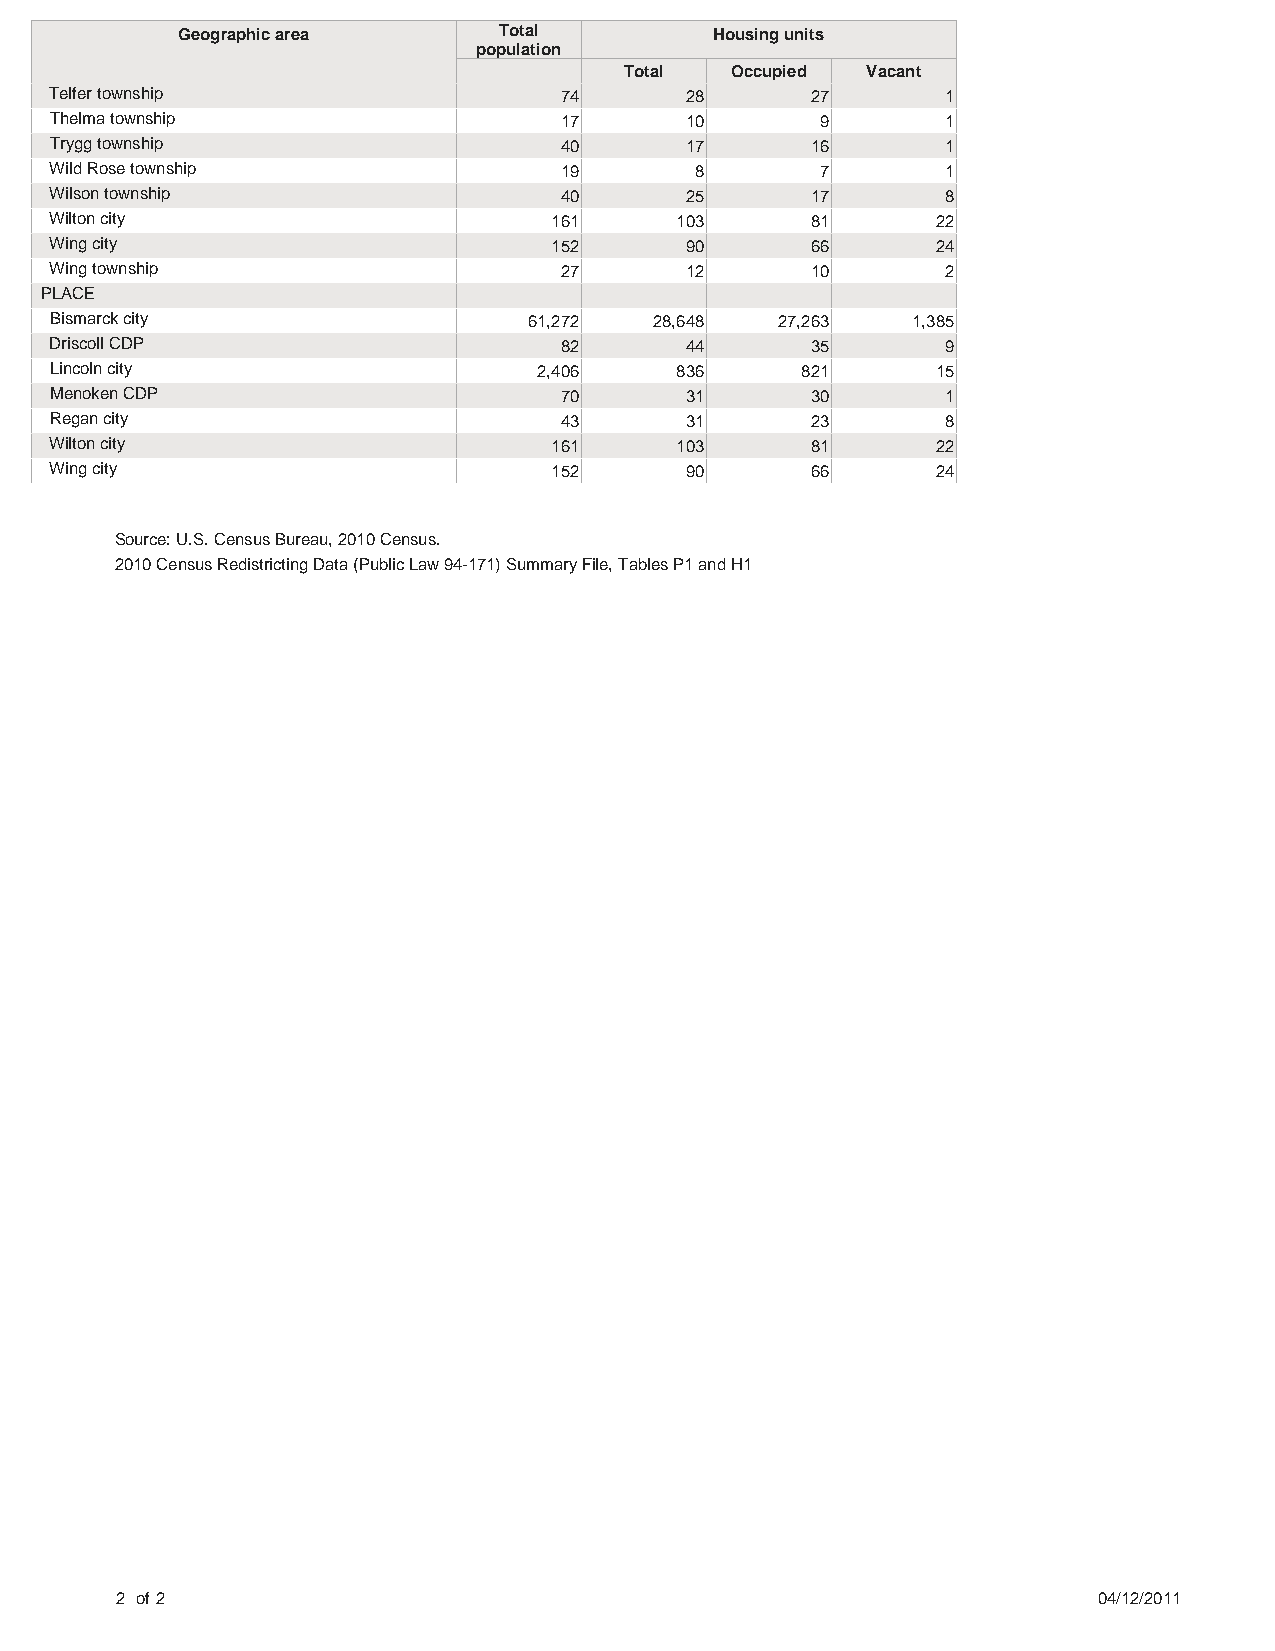
Geographic area      Total         Housing units
 population
 Total  Occupied Vacant
 Telfer township                   74      28       27       1
 Thelma township                   17      10       9        1
 Trygg township                    40      17       16       1
 Wild Rose township                19       8       7        1
 Wilson township                   40      25       17       8
 Wilton city                       161     103      81      22
 Wing city                         152     90       66      24
 Wing township                     27      12       10       2
 PLACE
 Bismarck city                   61,272  28,648   27,263  1,385
 Driscoll CDP                      82      44       35       9
 Lincoln city                     2,406    836     821      15
 Menoken CDP                       70      31       30       1
 Regan city                        43      31       23       8
 Wilton city                       161     103      81      22
 Wing city                         152     90       66      24
 Source: U.S. Census Bureau, 2010 Census.
 2010 Census Redistricting Data (Public Law 94-171) Summary File, Tables P1 and H1
 2 of 2                                                           04/12/2011